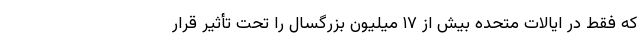
که فقط در ایالات متحده بیش از ۱۷ میلیون بزرگسال را تحت تأثیر قرار